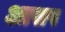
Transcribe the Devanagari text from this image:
आसप